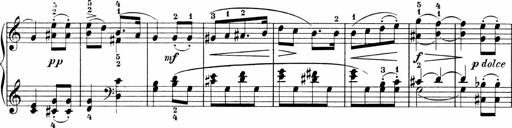
Title: 3 Sonatinas
Composer: Carl Reinecke